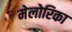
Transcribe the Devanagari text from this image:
मेलोरिका